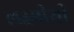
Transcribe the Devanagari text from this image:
लक्ष्मीशी